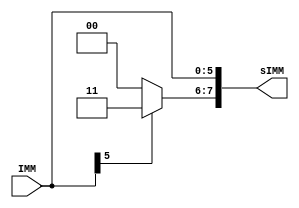
module signEx(IMM, sIMM);

	input [5:0] IMM;
	output [7:0] sIMM;

	assign sIMM[5:0] = IMM;
	assign sIMM[7:6] = IMM[5] ? 2'b11 : 2'b00;

endmodule